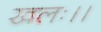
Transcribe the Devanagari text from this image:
खलः।।